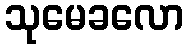
သုမေခလော